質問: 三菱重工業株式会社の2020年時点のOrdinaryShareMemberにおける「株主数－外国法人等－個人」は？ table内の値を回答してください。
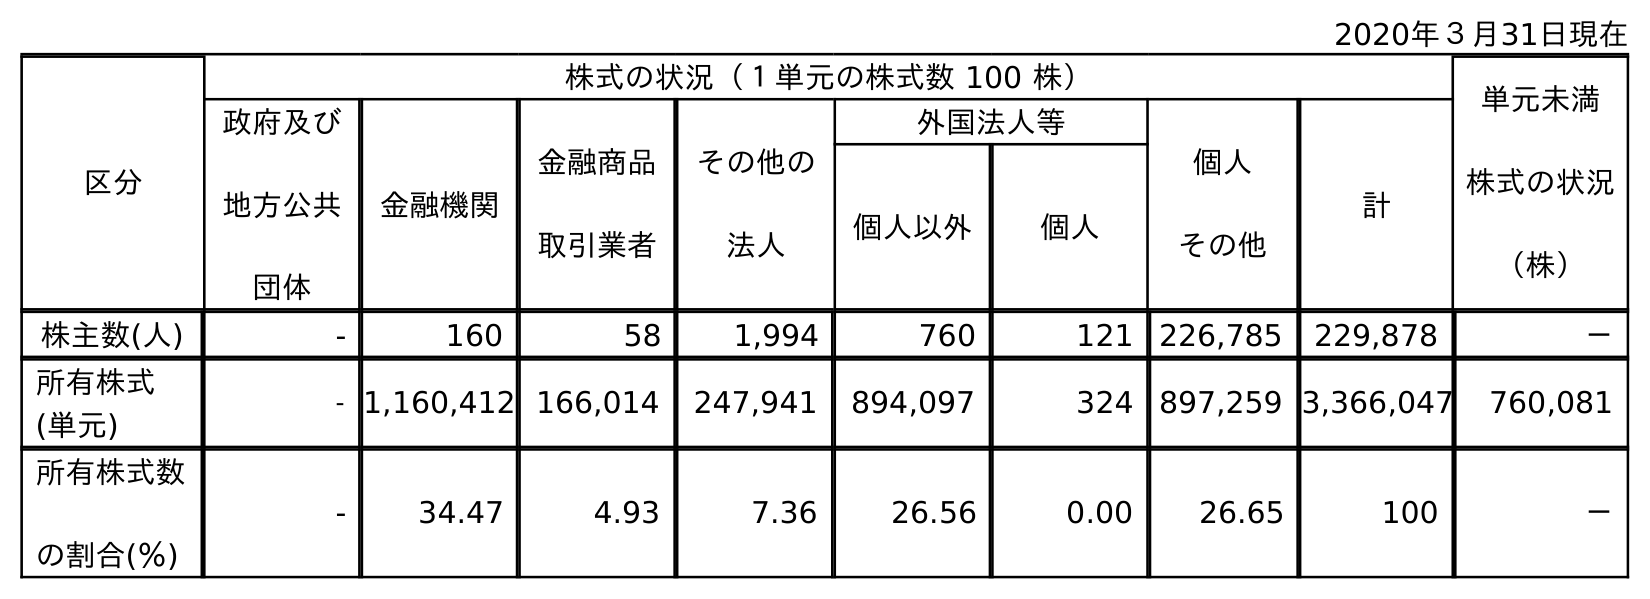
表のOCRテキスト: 2020年３月31日現在 区分 株式の状況（１単元の株式数 100 株） 単元未満 株式の状況 （株） 政府及び 地方公共 団体 金融機関 金融商品 取引業者 その他の 法人 外国法人等 個人 その他 計 個人以外 個人 株主数(人) - 160 58 1,994 760 121 226,785 229,878 － 所有株式 (単元) - 1,160,412 166,014 247,941 894,097 324 897,259 3,366,047 760,081 所有株式数 の割合(％) - 34.47 4.93 7.36 26.56 0.00 26.65 100 －
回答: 121